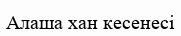
Алаша хан кесенесі